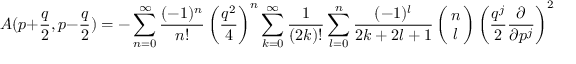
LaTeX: A ( p + \frac { q } { 2 } , p - \frac { q } { 2 } ) \: = \: - \sum _ { n = 0 } ^ { \infty } \frac { ( - 1 ) ^ { n } } { n ! } \left( \frac { q ^ { 2 } } { 4 } \right) ^ { n } \sum _ { k = 0 } ^ { \infty } \frac { 1 } { ( 2 k ) ! } \sum _ { l = 0 } ^ { n } \frac { ( - 1 ) ^ { l } } { 2 k + 2 l + 1 } \: \left( \! \! \begin{array} { c } { { n } } \\ { { l } } \end{array} \! \! \right) \: \left( \frac { q ^ { j } } { 2 } \frac { \partial } { \partial p ^ { j } } \right) ^ { 2 k } T _ { a } ^ { ( n + 1 ) } ( p ) \; \; .